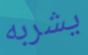
يشربه